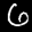
Label: 6